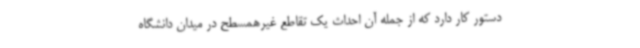
دستور کار دارد که از جمله آن احداث یک تقاطع غیرهمسطح در میدان دانشگاه